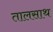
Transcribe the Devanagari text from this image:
तालसाथ